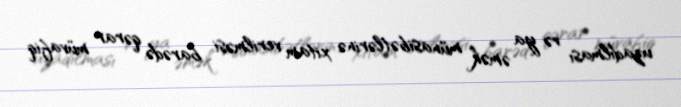
uzadılması və ya əmək münasibətlərinə xitam verilməsi barədə qərar müvafiq